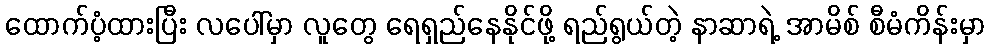
ထောက်ပံ့ထားပြီး လပေါ်မှာ လူတွေ ရေရှည်နေနိုင်ဖို့ ရည်ရွယ်တဲ့ နာဆာရဲ့ အာမိစ် စီမံကိန်းမှာ